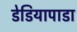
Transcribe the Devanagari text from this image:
डेडियापाडा